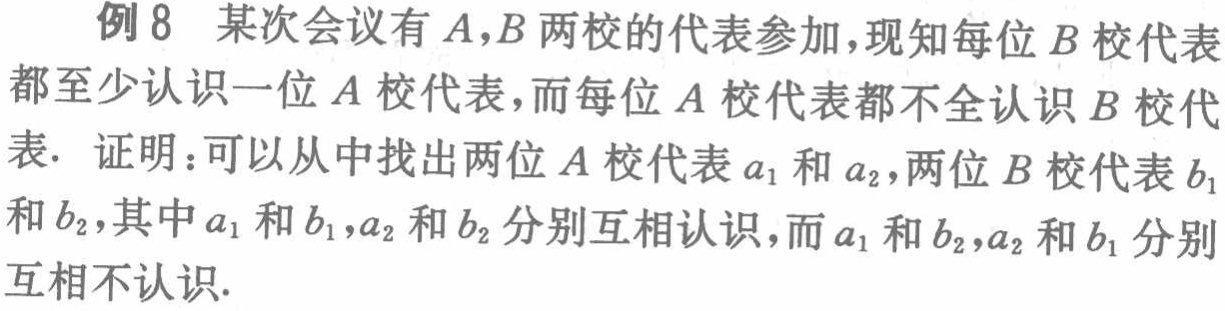
例 8 某次会议有 \(A,B\) 两校的代表参加，现知每位 \(B\) 校代表都至少认识一位 \(A\) 校代表，而每位 \(A\) 校代表都不全认识 \(B\) 校代表. 证明：可以从中找出两位 \(A\) 校代表 \(a_1\) 和 \(a_2\)，两位 \(B\) 校代表 \(b_1\) 和 \(b_2\)，其中 \(a_1\) 和 \(b_1\)，\(a_2\) 和 \(b_2\) 分别互相认识，而 \(a_1\) 和 \(b_2\)，\(a_2\) 和 \(b_1\) 分别互相不认识.